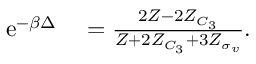
\begin{array} { r l } { \mathrm { e } ^ { - \beta \Delta } } & { { } = \frac { 2 Z - 2 Z _ { C _ { 3 } } } { Z + 2 Z _ { C _ { 3 } } + 3 Z _ { \sigma _ { v } } } . } \end{array}